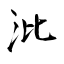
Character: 沘